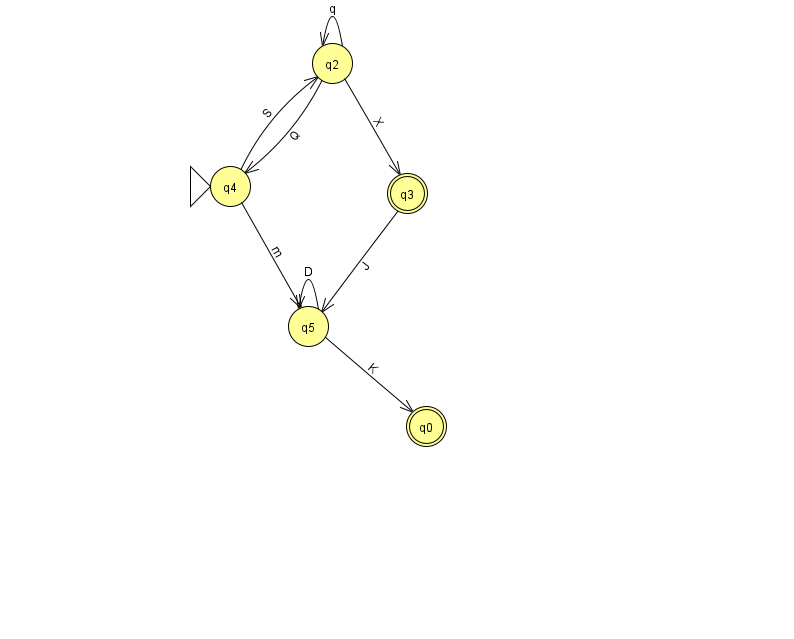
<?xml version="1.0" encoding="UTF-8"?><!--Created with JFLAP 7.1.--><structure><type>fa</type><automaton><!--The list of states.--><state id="0" name="q0"><x>426.0</x><y>413.0</y><final/></state><state id="2" name="q2"><x>332.0</x><y>50.0</y></state><state id="3" name="q3"><x>407.0</x><y>180.0</y><final/></state><state id="4" name="q4"><x>230.0</x><y>173.0</y><initial/></state><state id="5" name="q5"><x>308.0</x><y>313.0</y></state><!--The list of transitions.--><transition><from>2</from><to>2</to><read>q</read></transition><transition><from>5</from><to>0</to><read>K</read></transition><transition><from>5</from><to>5</to><read>D</read></transition><transition><from>4</from><to>2</to><read>S</read></transition><transition><from>2</from><to>4</to><read>Q</read></transition><transition><from>3</from><to>5</to><read>J</read></transition><transition><from>4</from><to>5</to><read>m</read></transition><transition><from>2</from><to>3</to><read>X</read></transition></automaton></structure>